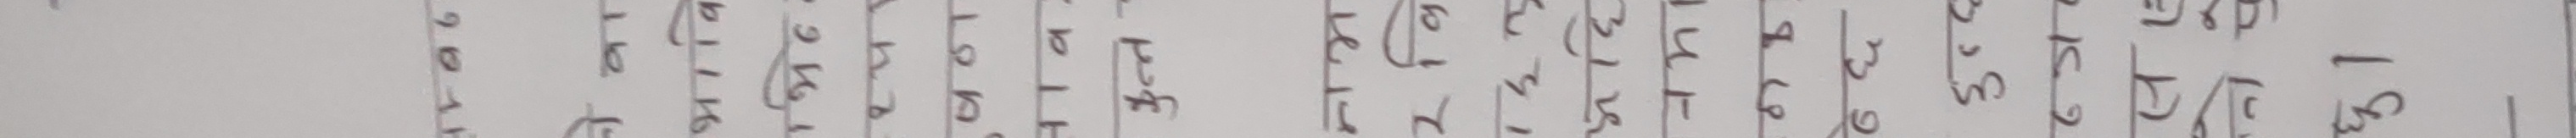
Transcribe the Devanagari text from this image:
२०१६ १ १ १ १ १ १ १ १ १ १